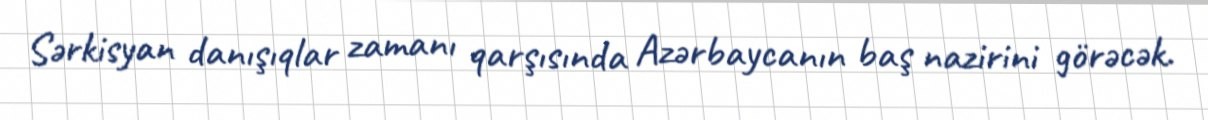
Sərkisyan danışıqlar zamanı qarşısında Azərbaycanın baş nazirini görəcək.